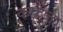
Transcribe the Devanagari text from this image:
कफज